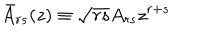
LaTeX: \bar { A } _ { r s } ( z ) \equiv \sqrt { r s } A _ { r s } z ^ { r + s }